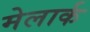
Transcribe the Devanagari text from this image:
मेलार्क